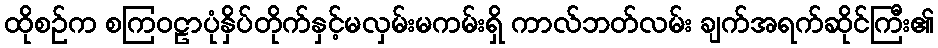
ထိုစဉ်က စကြဝဠာပုံနှိပ်တိုက်နှင့်မလှမ်းမကမ်းရှိ ကာလ်ဘတ်လမ်း ချက်အရက်ဆိုင်ကြီး၏